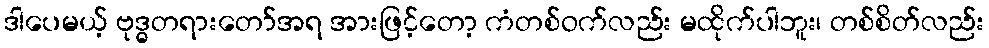
ဒါပေမယ့် ဗုဒ္ဓတရားတော်အရ အားဖြင့်တော့ ကံတစ်ဝက်လည်း မထိုက်ပါဘူး၊ တစ်စိတ်လည်း